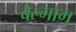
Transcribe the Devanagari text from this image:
बेल्गाम